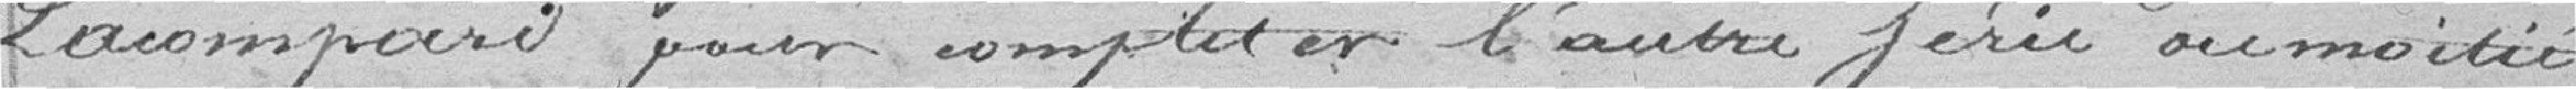
Lacompard pour compléter l'autre série ou moitié